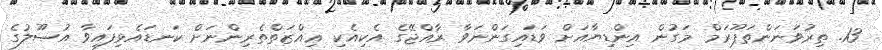
13. ތިރުވަނަންތަޕޫރަމް މަގުން އިންޑިޔާއަށް ވަޑައިގަންނަވާ ރާއްޖޭގެ އެކިއެކި ޢިއްޒަތްތެރިންނަށް ކަނޑައެޅިފައިވާ އުޞޫލުގެ